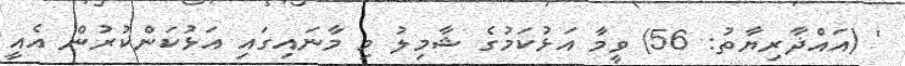
' (އައްޛާރިޔާތު: 56) ވީމާ އަޅުކަމުގެ ޝާމިލު މި މާނައިގައި އަޅުކަންކުރުން އެއީ